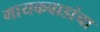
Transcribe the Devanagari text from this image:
गायकवाडांचा